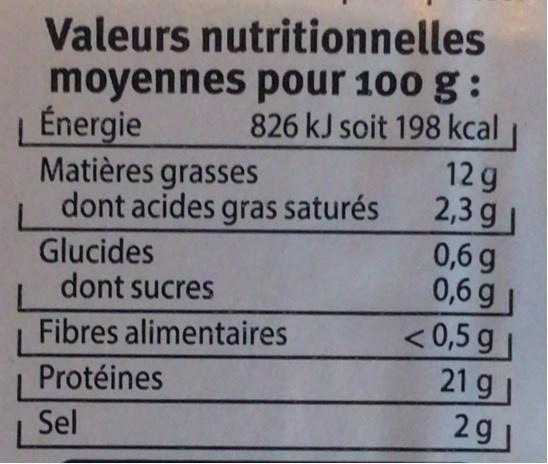
Valeurs nutritionnelles moyennes pour 100 g : |Énergie Matières grasses dont acides gras saturés
826 kJ soit 198 kcal
12 g 2,3 g
0,6 g 0,6 g < 0,5 g 21 g
Glucides dont sucres
Fibres alimentaires
Protéines
Sel
2g